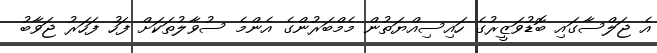
އެ ޖަލްސާގައި ބޮޑުވަޒީރުގެ ހައިސިއްޔަތުން މެމްބަރުންގެ އެންމެ ސުވާލުތަކަށް ފަހު ފަހަރު ޖަވާބު